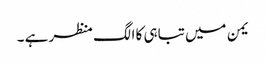
یمن میں تباہی کا الگ منظر ہے ۔